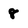
Character: 8